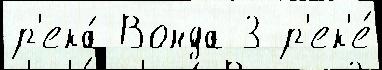
р'ека́ Вонда 3 р'ек'е́